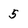
Character: 5